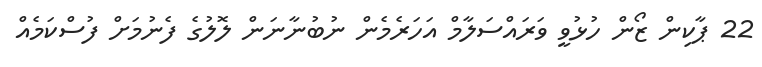
22 ޕާކިން ޒޯން ހުޅުވީ ވަރައްސަލާމް އަހަރެމެން ނުބުނާނަން ލޮލުގެ ފެނުމަށް ފުސްކަމެއް